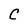
Character: C